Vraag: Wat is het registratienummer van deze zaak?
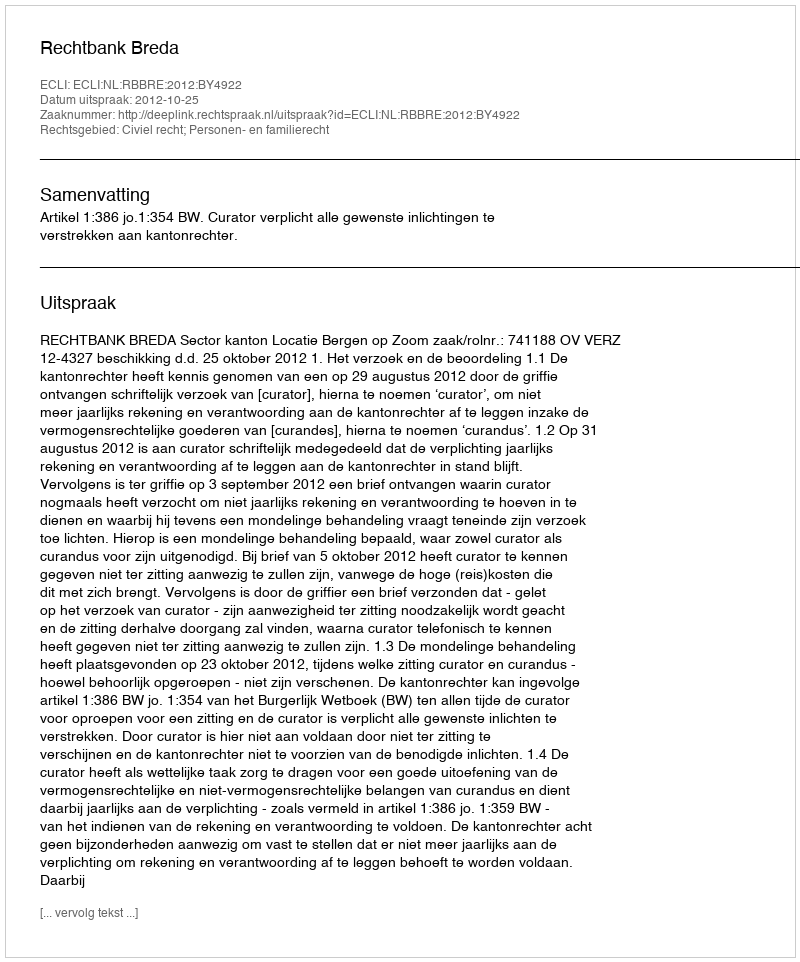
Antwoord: http://deeplink.rechtspraak.nl/uitspraak?id=ECLI:NL:RBBRE:2012:BY4922